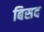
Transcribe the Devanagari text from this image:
बिसद